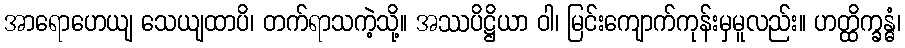
အာရောဟေယျ သေယျထာပိ၊ တက်ရာသကဲ့သို့။ အဿပိဋ္ဌိယာ ဝါ၊ မြင်းကျောက်ကုန်းမှမူလည်း။ ဟတ္ထိက္ခန္ဓံ၊